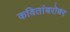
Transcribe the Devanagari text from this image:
कवितांबरोबर